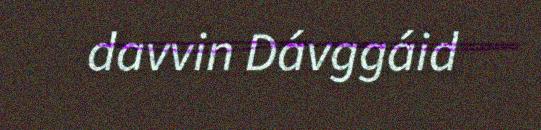
davvin Dávggáid